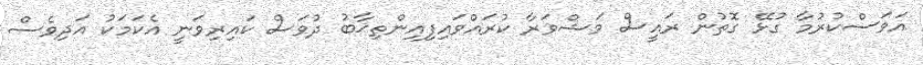
އަވަސްކުރުމާ ގުޅޭ ގޮތުން ރައީސް މަޝްވަރާ ކުރައްވައިފިއިންތިޚާބު ދުވަސް ކައިރިވަނީ އެކަމަކު އަދިވެސް